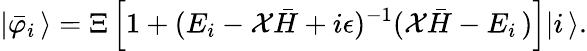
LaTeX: |{\bar{\varphi}}_{i}\, \rangle=\Xi\left[1+(E_{i}-{\cal X}{\bar{H}}+i\epsilon)^{-1}({\cal X}{\bar{H}}-E_{i}\, )\right]|i\, \rangle.